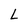
Character: L